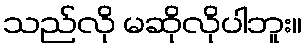
သည်လို မဆိုလိုပါဘူး။